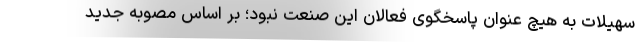
سهیلات به هیچ عنوان پاسخگوی فعالان این صنعت نبود؛ بر اساس مصوبه جدید